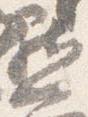
黙